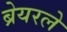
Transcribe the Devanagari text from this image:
ब्रेयरले